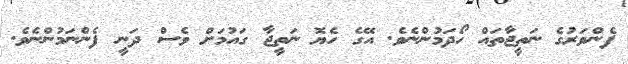
ފެންވަރުގެ ނަތީޖާތައް ހޯދަމުންނެވެ. އޭގެ ހެޔޮ ނަތީޖާ ގައުމަށް ވެސް ދަނީ ފެންނަމުންނެވެ.